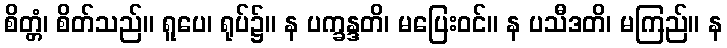
စိတ္တံ၊ စိတ်သည်။ ရူပေ၊ ရုပ်၌။ န ပက္ခန္ဒတိ၊ မပြေးဝင်။ န ပသီဒတိ၊ မကြည်။ န